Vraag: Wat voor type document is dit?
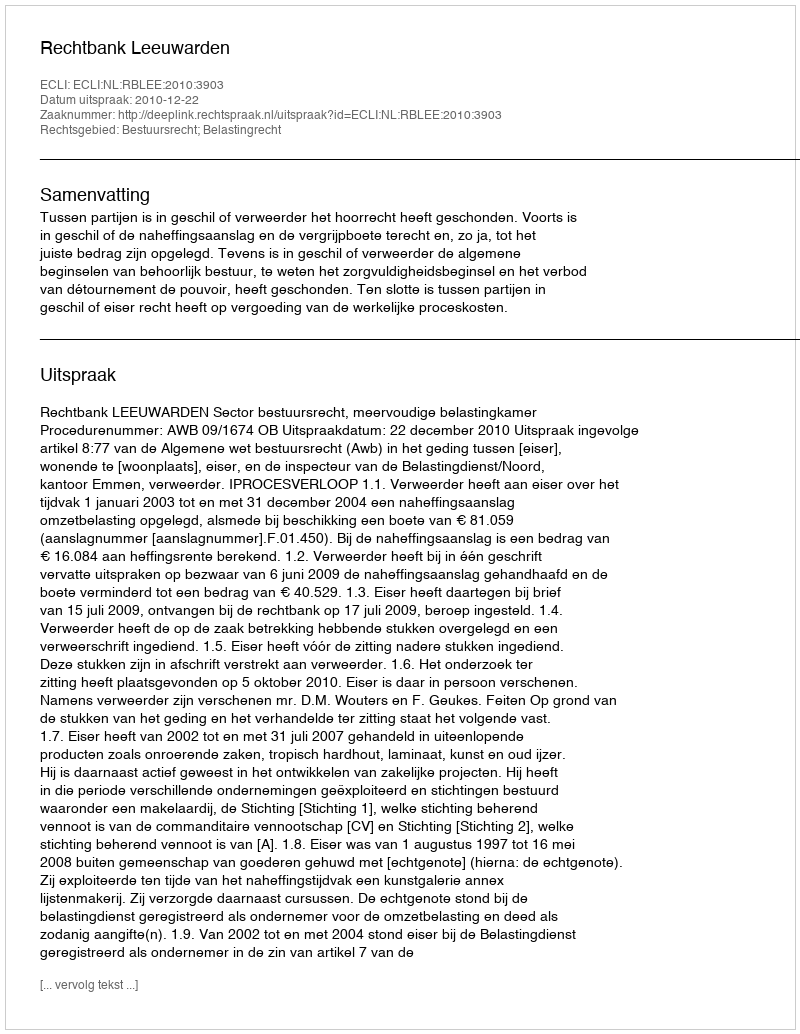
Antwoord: Uitspraak